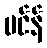
ဗင်န်